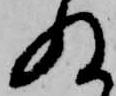
ぬ